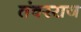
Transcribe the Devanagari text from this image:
तंवरराज